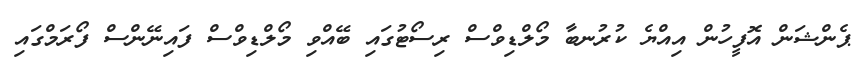
ޕެންޝަން އޮފީހުން އިއްޔެ ކުރުނބާ މޯލްޑިވްސް ރިސޯޓުގައި ބޭއްވި މޯލްޑިވްސް ފައިނޭންސް ފޯރަމްގައި